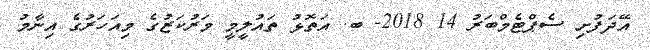
އޭދަފުށި ސެޕްޓެމްބަރު 14 2018- ބ. އަތޮޅު ތައުލީމީ މަރުކަޒުގެ މިއަހަރުގެ އިނާމު